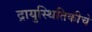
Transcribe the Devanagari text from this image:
द्रायुस्थितिकीचे